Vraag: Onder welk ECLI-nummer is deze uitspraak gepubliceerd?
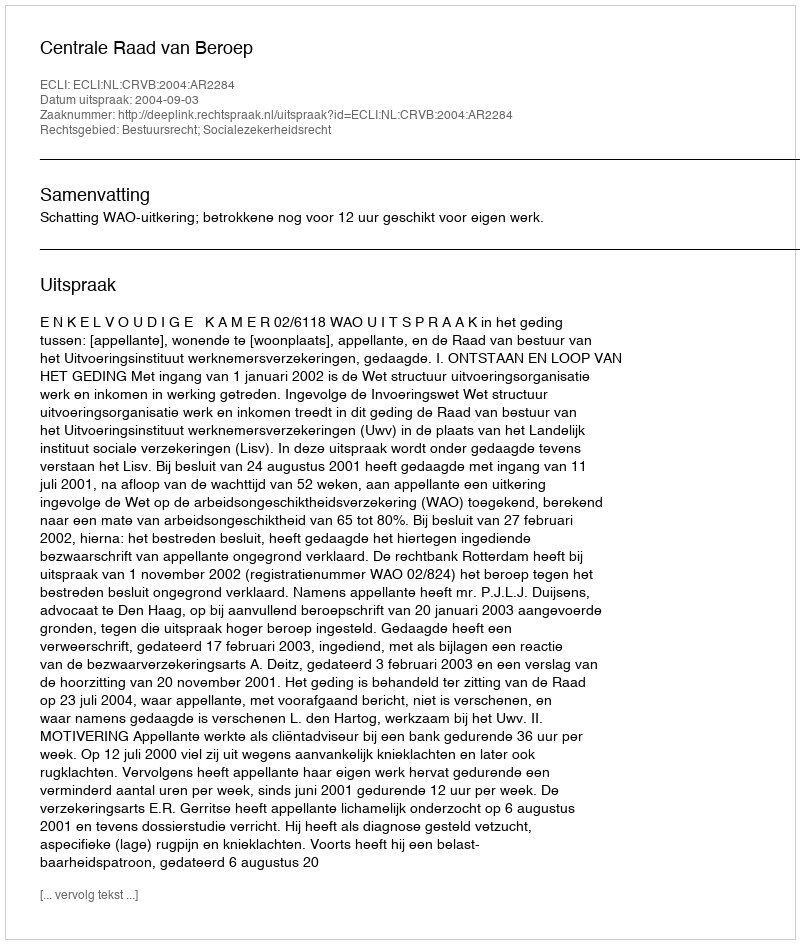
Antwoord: ECLI:NL:CRVB:2004:AR2284